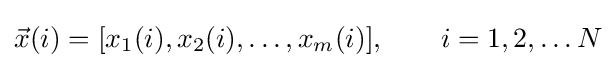
{\vec {x}}(i)=[x_{1}(i),x_{2}(i),\ldots ,x_{m}(i)],\qquad i=1,2,\ldots N